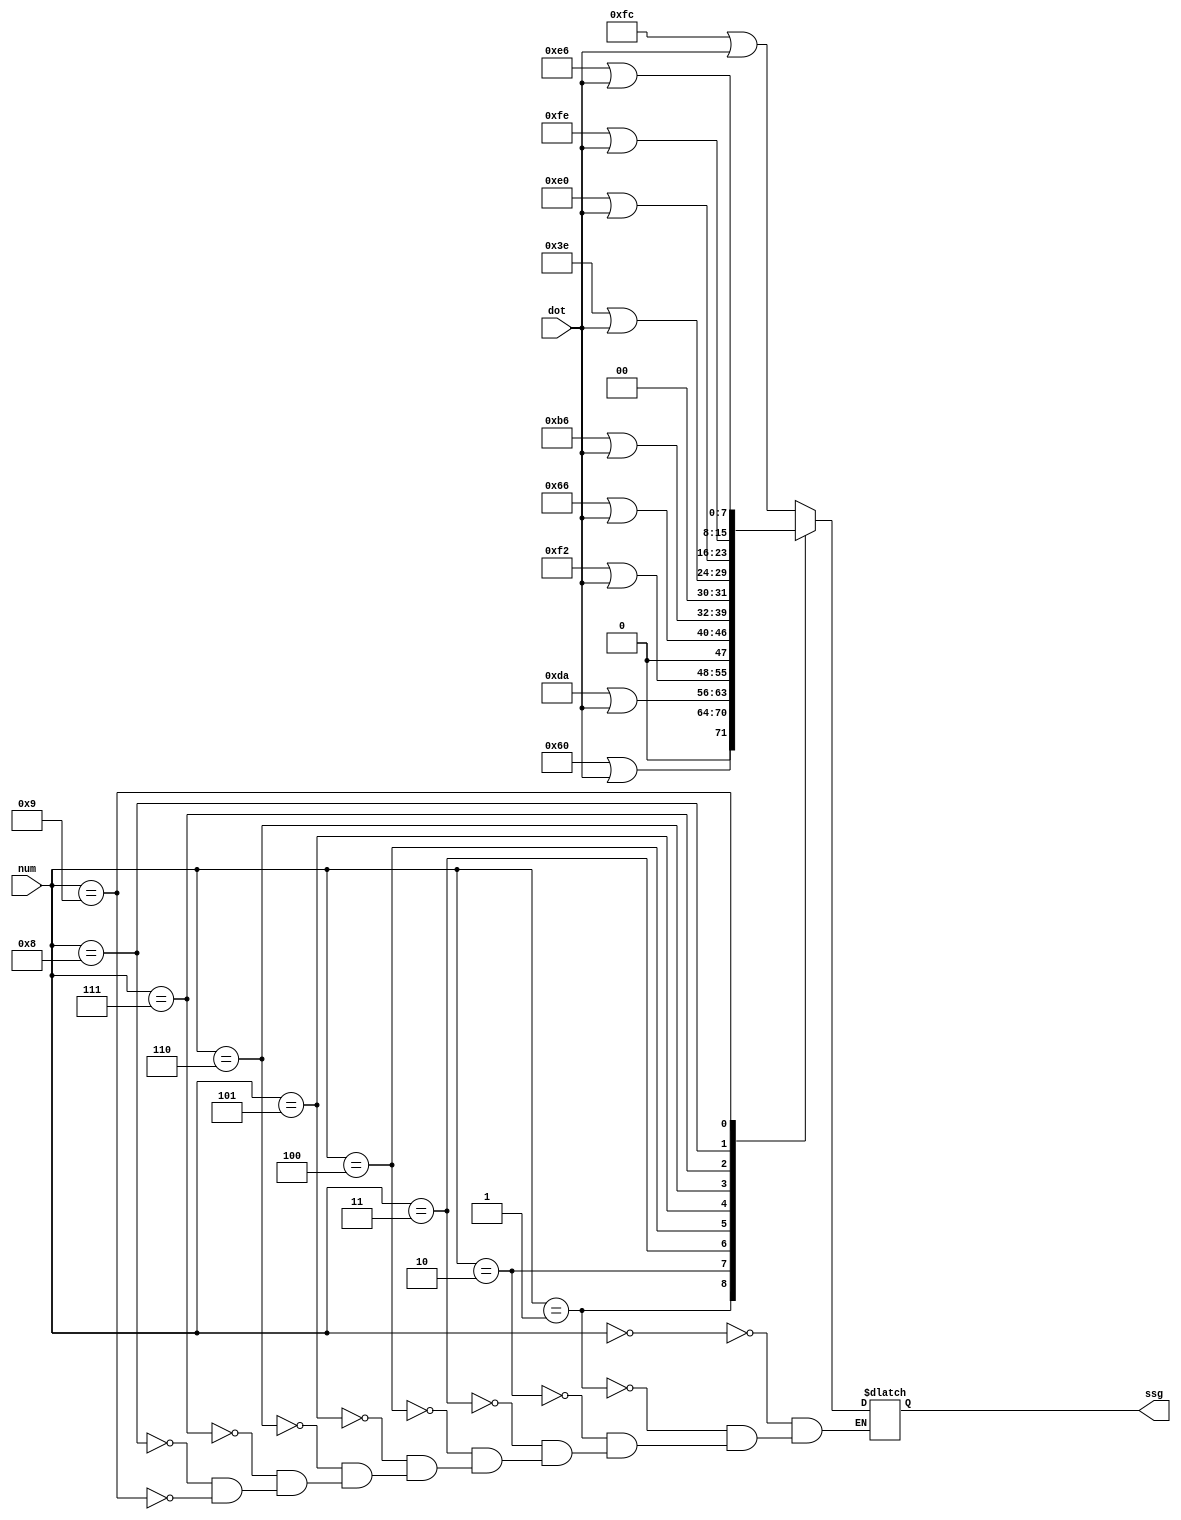
module ssgfont (
   input [3:0]      num,
   input            dot,
   output reg [7:0] ssg);

   always @(*)
     begin
        case(num)
          4'h0: ssg <= 8'b11111100 | dot;
          4'h1: ssg <= 8'b01100000 | dot;
          4'h2: ssg <= 8'b11011010 | dot;
          4'h3: ssg <= 8'b11110010 | dot;
          4'h4: ssg <= 8'b01100110 | dot;
          4'h5: ssg <= 8'b10110110 | dot;
          4'h6: ssg <= 8'b00111110 | dot;
          4'h7: ssg <= 8'b11100000 | dot;
          4'h8: ssg <= 8'b11111110 | dot;
          4'h9: ssg <= 8'b11100110 | dot;
        endcase // case (num)
     end // always @ (*)
endmodule // ssgfont